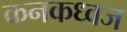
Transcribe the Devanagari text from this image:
कनकध्वज